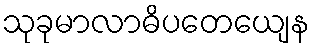
သုခုမာလာဓိပတေယျေန